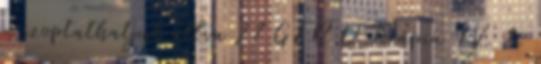
- szoptathatjuk állva 27 GER D Terápia IV. 2.